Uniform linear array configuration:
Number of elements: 8
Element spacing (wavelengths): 0.25
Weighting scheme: binomial
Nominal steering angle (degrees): -15
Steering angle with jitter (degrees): -15.779
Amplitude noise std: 0.05
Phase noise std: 0.05

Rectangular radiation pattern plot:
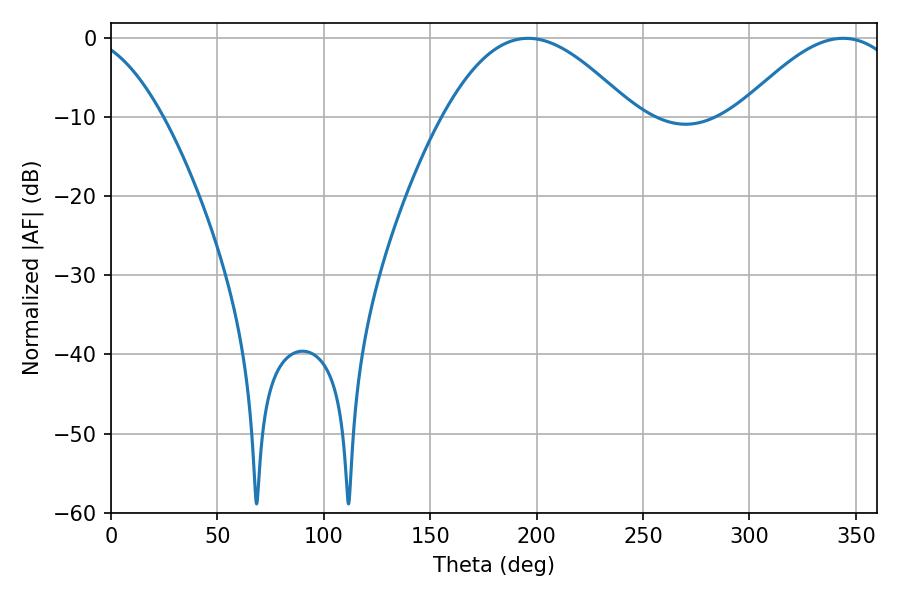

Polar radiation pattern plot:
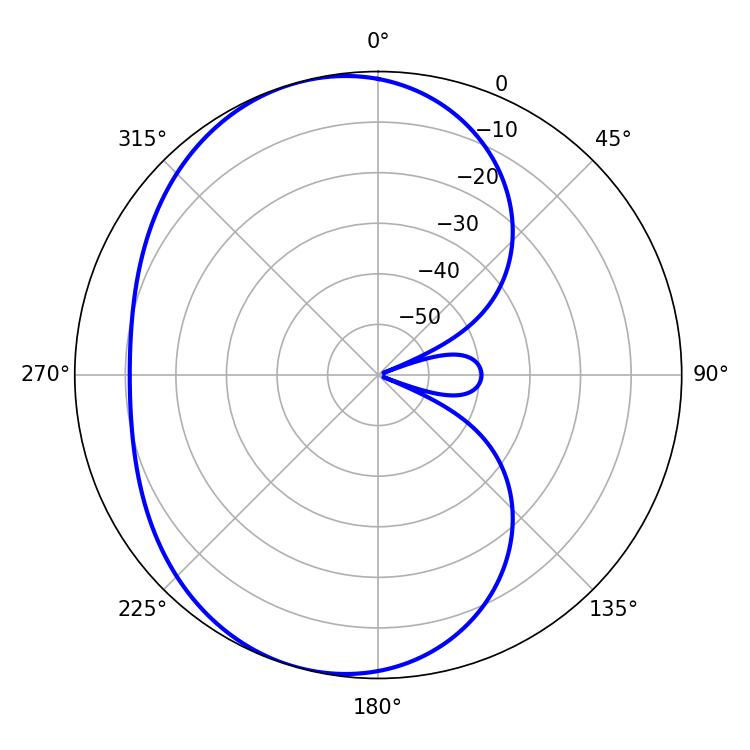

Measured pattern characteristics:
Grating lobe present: FALSE
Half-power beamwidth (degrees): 48.24
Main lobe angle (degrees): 196.02